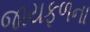
જાયફળના